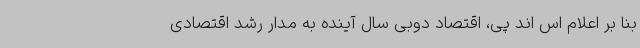
بنا بر اعلام اس اند پی، اقتصاد دوبی سال آینده به مدار رشد اقتصادی